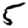
Digit: 5